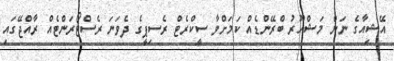
އޭޝިއާގެ ނަން މަޝްހޫރު ބްރޭންޑެއް ކަމަށްވާ ސީކްރެޓް ރެސިޕީގެ ދެވަނަ ރެސްޓޯރަންޓެއް ރާއްޖޭގައި